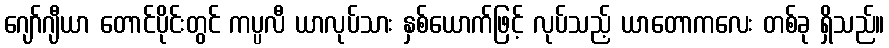
ဂျော်ဂျီယာ တောင်ပိုင်းတွင် ကပ္ပလီ ယာလုပ်သား နှစ်ယောက်ဖြင့် လုပ်သည့် ယာတောကလေး တစ်ခု ရှိသည်။